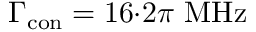
\Gamma _ { \mathrm { c o n } } = 1 6 { \cdot } 2 \pi \ \mathrm { M H z }